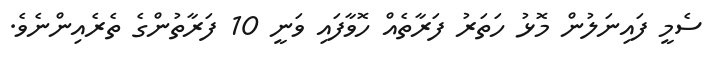
ސެމީ ފައިނަލުން މޮޅު ހަތަރު ފަރާތެއް ހޮވާފައި ވަނީ 10 ފަރާތުންގެ ތެރެއިންނެވެ.